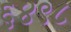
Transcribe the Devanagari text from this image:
६४९८